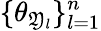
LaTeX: \{ \theta_{\mathfrak{Y}_{l}}\} _{l=1}^{n}